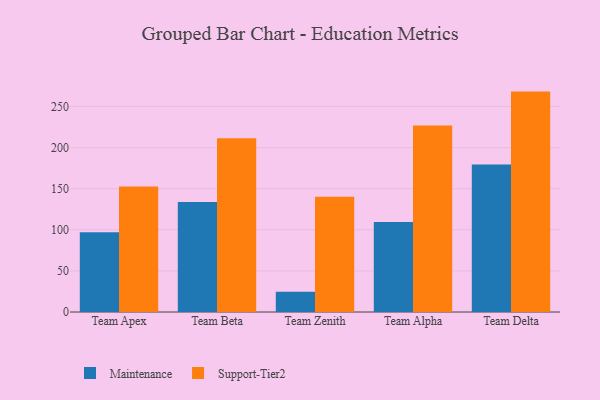
{"axis": {"x": "Team", "y": "Tickets Resolved"}, "legend": ["Maintenance", "Support-Tier2"], "data": [{"x": "Team Apex", "y": 97.1, "type": "Maintenance"}, {"x": "Team Apex", "y": 152.6, "type": "Support-Tier2"}, {"x": "Team Beta", "y": 134.0, "type": "Maintenance"}, {"x": "Team Beta", "y": 211.5, "type": "Support-Tier2"}, {"x": "Team Zenith", "y": 24.6, "type": "Maintenance"}, {"x": "Team Zenith", "y": 140.3, "type": "Support-Tier2"}, {"x": "Team Alpha", "y": 109.6, "type": "Maintenance"}, {"x": "Team Alpha", "y": 226.9, "type": "Support-Tier2"}, {"x": "Team Delta", "y": 179.6, "type": "Maintenance"}, {"x": "Team Delta", "y": 268.2, "type": "Support-Tier2"}]}